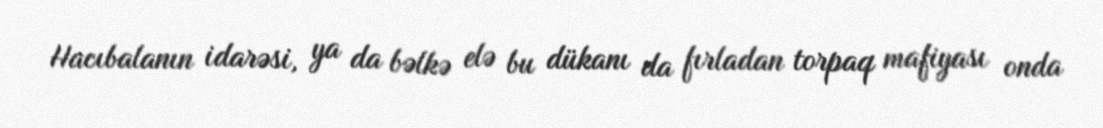
Hacıbalanın idarəsi, ya da bəlkə elə bu dükanı da fırladan torpaq mafiyası onda